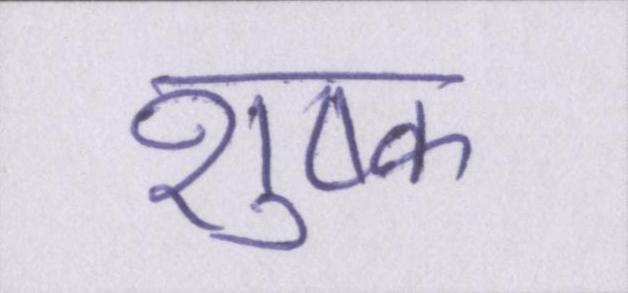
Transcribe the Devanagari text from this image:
शुष्क